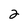
Character: 2